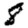
Digit: 8